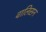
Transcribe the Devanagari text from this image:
वालिसन